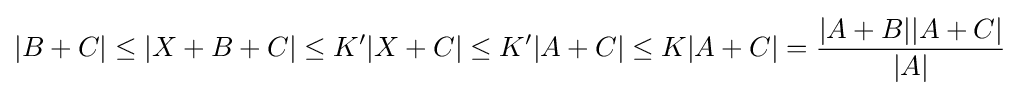
|B+C|\leq |X+B+C|\leq K'|X+C|\leq K'|A+C|\leq K|A+C|={\frac {|A+B||A+C|}{|A|}}